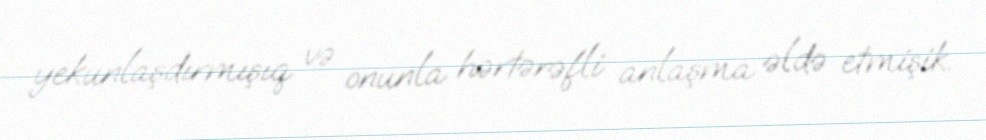
yekunlaşdırmışıq və onunla hərtərəfli anlaşma əldə etmişik.